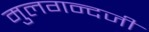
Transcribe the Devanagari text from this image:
मुलगन्दजी